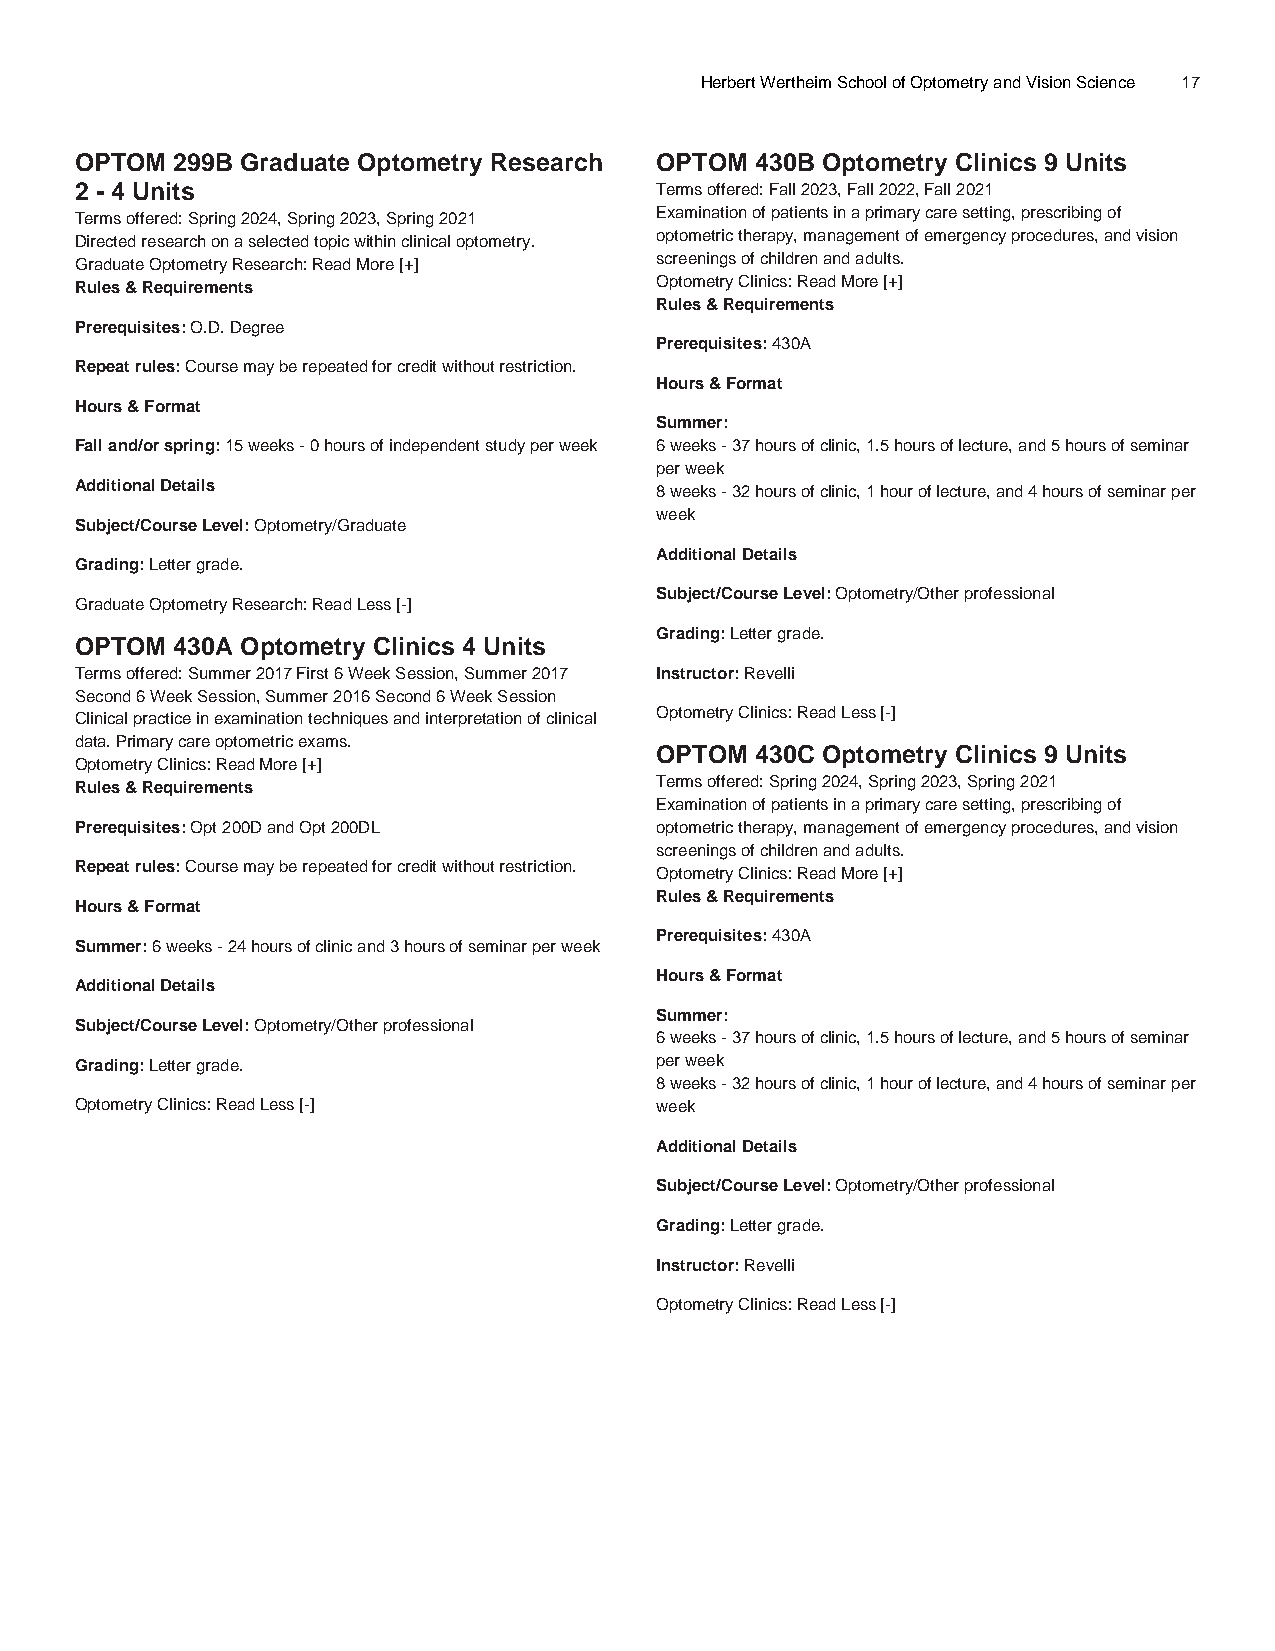
Herbert Wertheim School of Optometry and Vision Science 17
 OPTOM 299B Graduate Optometry Research OPTOM 430B Optometry Clinics 9 Units
 2 - 4 Units                           Terms offered: Fall 2023, Fall 2022, Fall 2021
 Terms offered: Spring 2024, Spring 2023, Spring 2021 Examination of patients in a primary care setting, prescribing of
 Directed research on a selected topic within clinical optometry. optometric therapy, management of emergency procedures, and vision
 Graduate Optometry Research: Read More [+] screenings of children and adults.
 Rules & Requirements                  Optometry Clinics: Read More [+]
 Rules & Requirements
 Prerequisites: O.D. Degree
 Prerequisites: 430A
 Repeat rules: Course may be repeated for credit without restriction.
 Hours & Format
 Hours & Format
 Summer:
 Fall and/or spring: 15 weeks - 0 hours of independent study per week 6 weeks - 37 hours of clinic, 1.5 hours of lecture, and 5 hours of seminar
 per week
 Additional Details                    8 weeks - 32 hours of clinic, 1 hour of lecture, and 4 hours of seminar per
 week
 Subject/Course Level: Optometry/Graduate
 Additional Details
 Grading: Letter grade.
 Subject/Course Level: Optometry/Other professional
 Graduate Optometry Research: Read Less [-]
 Grading: Letter grade.
 OPTOM 430A Optometry Clinics 4 Units
 Terms offered: Summer 2017 First 6 Week Session, Summer 2017 Instructor: Revelli
 Second 6 Week Session, Summer 2016 Second 6 Week Session
 Clinical practice in examination techniques and interpretation of clinical Optometry Clinics: Read Less [-]
 data. Primary care optometric exams.
 OPTOM  430C Optometry Clinics 9 Units
 Optometry Clinics: Read More [+]
 Rules & Requirements                  Terms offered: Spring 2024, Spring 2023, Spring 2021
 Examination of patients in a primary care setting, prescribing of
 Prerequisites: Opt 200D and Opt 200DL optometric therapy, management of emergency procedures, and vision
 screenings of children and adults.
 Repeat rules: Course may be repeated for credit without restriction. Optometry Clinics: Read More [+]
 Rules & Requirements
 Hours & Format
 Prerequisites: 430A
 Summer: 6 weeks - 24 hours of clinic and 3 hours of seminar per week
 Hours & Format
 Additional Details
 Summer:
 Subject/Course Level: Optometry/Other professional
 6 weeks - 37 hours of clinic, 1.5 hours of lecture, and 5 hours of seminar
 Grading: Letter grade.                per week
 8 weeks - 32 hours of clinic, 1 hour of lecture, and 4 hours of seminar per
 Optometry Clinics: Read Less [-]      week
 Additional Details
 Subject/Course Level: Optometry/Other professional
 Grading: Letter grade.
 Instructor: Revelli
 Optometry Clinics: Read Less [-]